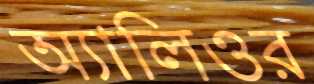
অ্যালিওর